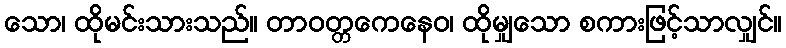
သော၊ ထိုမင်းသားသည်။ တာဝတ္တကေနေဝ၊ ထိုမျှသော စကားဖြင့်သာလျှင်။